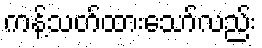
ကန့်သတ်ထားသော်လည်း